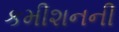
કમીશનની